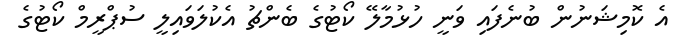
އެ ކޮމިޝަނުން ބުނެފައި ވަނީ ހުޅުމާލޭ ކޯޓުގެ ބެންޗު އެކުލަވައިލީ ސުޕްރީމް ކޯޓުގެ